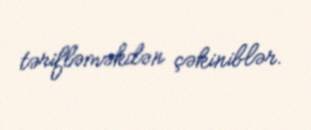
tərifləməkdən çəkiniblər.